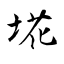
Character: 埖